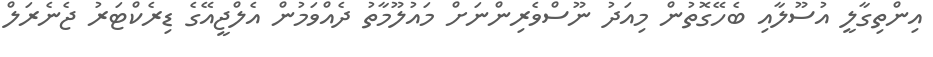
އިންތިގާލީ އުސޫލާއި ބެހޭގޮތުން މިއަދު ނޫސްވެރިންނަށް މައުލޫމާތު ދެއްވަމުން އެލްޖީއޭގެ ޑިރެކްޓަރު ޖެނެރަލް